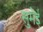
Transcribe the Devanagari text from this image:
सुमेई